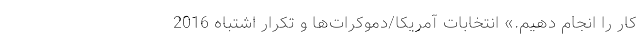
کار را انجام دهیم.» انتخابات آمریکا/دموکرات‌ها و تکرار اشتباه 2016